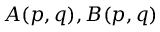
A ( p , q ) , B ( p , q )